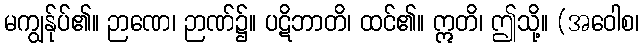
မကျွန်ုပ်၏။ ဉာဏေ၊ ဉာဏ်၌။ ပဋိဘာတိ၊ ထင်၏။ ဣတိ၊ ဤသို့။ (အဝေါစ၊